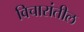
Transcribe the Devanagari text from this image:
विचारांतील